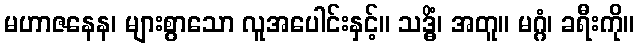
မဟာဇနေန၊ များစွာသော လူအပေါင်းနှင့်။ သဒ္ဓိံ၊ အတူ။ မဂ္ဂံ၊ ခရီးကို။